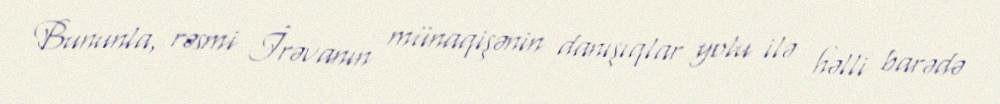
Bununla, rəsmi İrəvanın münaqişənin danışıqlar yolu ilə həlli barədə